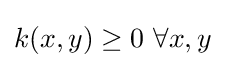
k(x,y)\geq 0\,\,\forall x,y